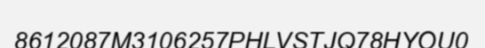
8612087M3106257PHLVSTJQ78HYOU0